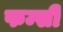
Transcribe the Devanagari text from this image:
फम्सी